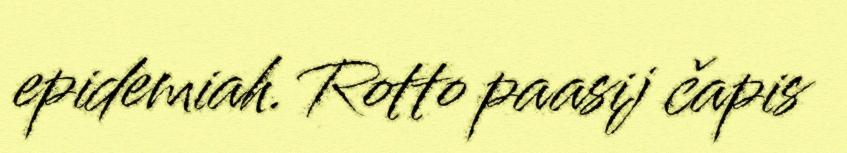
epidemiah. Rotto paasij čapis